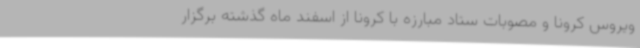
ویروس کرونا و مصوبات ستاد مبارزه با کرونا از اسفند ماه گذشته برگزار